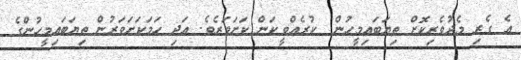
އެ ގެރި މެދުވެރިކޮށް ތިޔަބައިމީހުން  ކުރެއްވީކަން ކަށަވަރެވެ. އަދި ހަމަކަށަވަރުން ތިޔަބައިމީހުންގެ